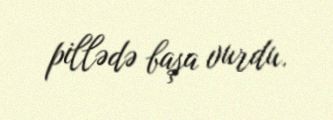
pillədə başa vurdu.